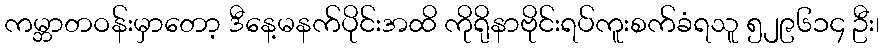
ကမ္ဘာတဝန်းမှာတော့ ဒီနေ့မနက်ပိုင်းအထိ ကိုရိုနာဗိုင်းရပ်ကူးစက်ခံရသူ ၅၂၉၆၁၄ ဦး၊